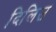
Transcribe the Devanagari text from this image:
दिलिउ